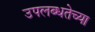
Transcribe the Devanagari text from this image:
उपलब्धतेच्या